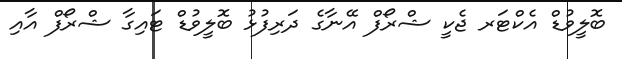
ބޮލީވުޑް އެކްޓަރ ޖެކީ ޝްރޯފް އޭނާގެ ދަރިފުޅު ބޮލީވުޑް ޓައިގާ ޝްރޯފް އާއި